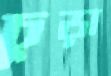
চুড়া